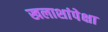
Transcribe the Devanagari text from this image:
खलाशांपेक्षा